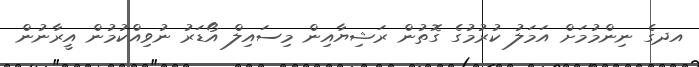
އދގެ ނިންމުމަށް އަމަލު ކުރުމުގެ ގޮތުން ރަޝިޔާއިން މިސައިލް އޯޑަރު ނުވިއްކުމުން އީރާނުން